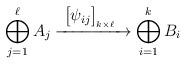
LaTeX: \begin{align*} \bigoplus_{j=1}^{\ell} A_{j} \xrightarrow[]{ \ \begin{bmatrix}\psi_{ij} \end{bmatrix}_{k \times \ell}\ \ } \bigoplus_{i=1}^{k}B_{i}\end{align*}